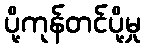
ပို့ကုန်တင်ပို့မှု